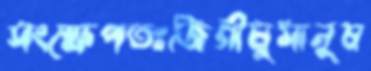
সংক্ষেপতঃজিগীষুমানুষ